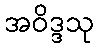
အဝိဒ္ဒသု